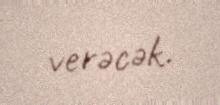
verəcək.